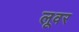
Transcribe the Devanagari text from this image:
लूवर